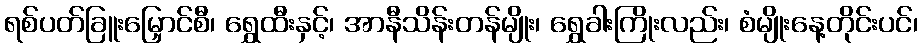
ရစ်ပတ်ခြူးမြှောင်စီ၊ ရွှေထီးနှင့်၊ အာနီသိန်းတန်မျိုး၊ ရွှေခါးကြိုးလည်း၊ စံမျိုးနေ့တိုင်းပင်၊